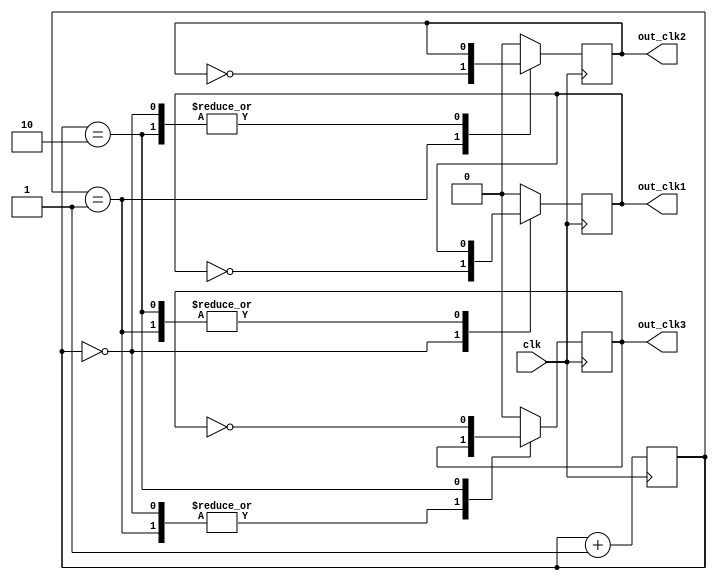
module Johnson_Counter_Clock_Divider (
    input wire clk,
    output reg out_clk1,
    output reg out_clk2,
    output reg out_clk3
);

reg [2:0] counter;

always @(posedge clk) begin
    counter <= counter + 1;
    
    case (counter)
        3'b000: begin
            out_clk1 <= ~out_clk1;
        end
        3'b001: begin
            out_clk2 <= ~out_clk2;
        end
        3'b010: begin
            out_clk3 <= ~out_clk3;
        end
        default: begin
            out_clk1 <= 1'b0;
            out_clk2 <= 1'b0;
            out_clk3 <= 1'b0;
        end
    endcase
end

endmodule